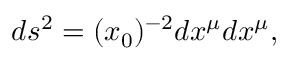
d s ^ { 2 } = ( x _ { 0 } ) ^ { - 2 } d x ^ { \mu } d x ^ { \mu } ,